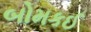
બોમકઈ